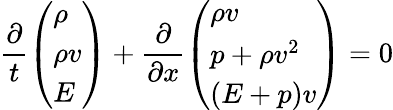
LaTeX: \frac{\partial}{t}\left(\begin{array}{l}{\rho}\\ {\rho v}\\ {E}\end{array}\right)+\frac{\partial}{\partial x}\left(\begin{array}{l}{\rho v}\\ {p+\rho v^{2}}\\ {(E+p)v}\end{array}\right)=0